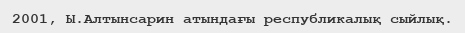
2001, Ы.Алтынсарин атындағы республикалық сыйлық.